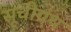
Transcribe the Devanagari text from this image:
सूचीग्रंथ